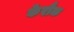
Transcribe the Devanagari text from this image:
केरौक